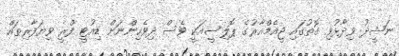
ނަޝީދު ވިދާޅުވި ގޮތުގައި ޖީއެމްއާރުގެ ޕޮލިސީއަކީ ވެސް ދިވެހިންނަށް ޑިއުޓީ ފްރީ ވިޔަފާރިތައް